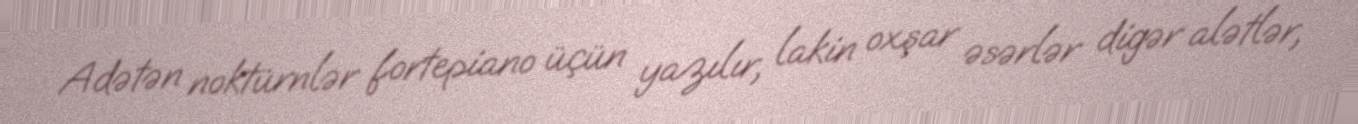
Adətən noktürnlər fortepiano üçün yazılır, lakin oxşar əsərlər digər alətlər,